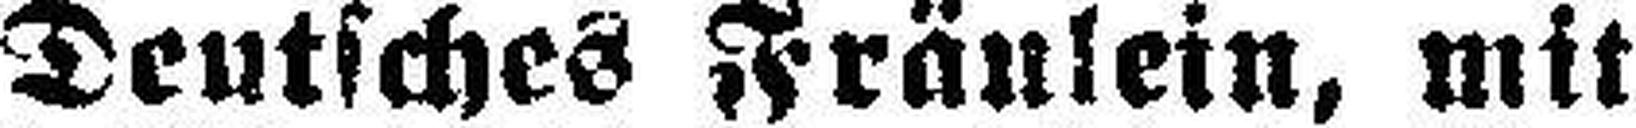
Deutsches Fräulein, mit